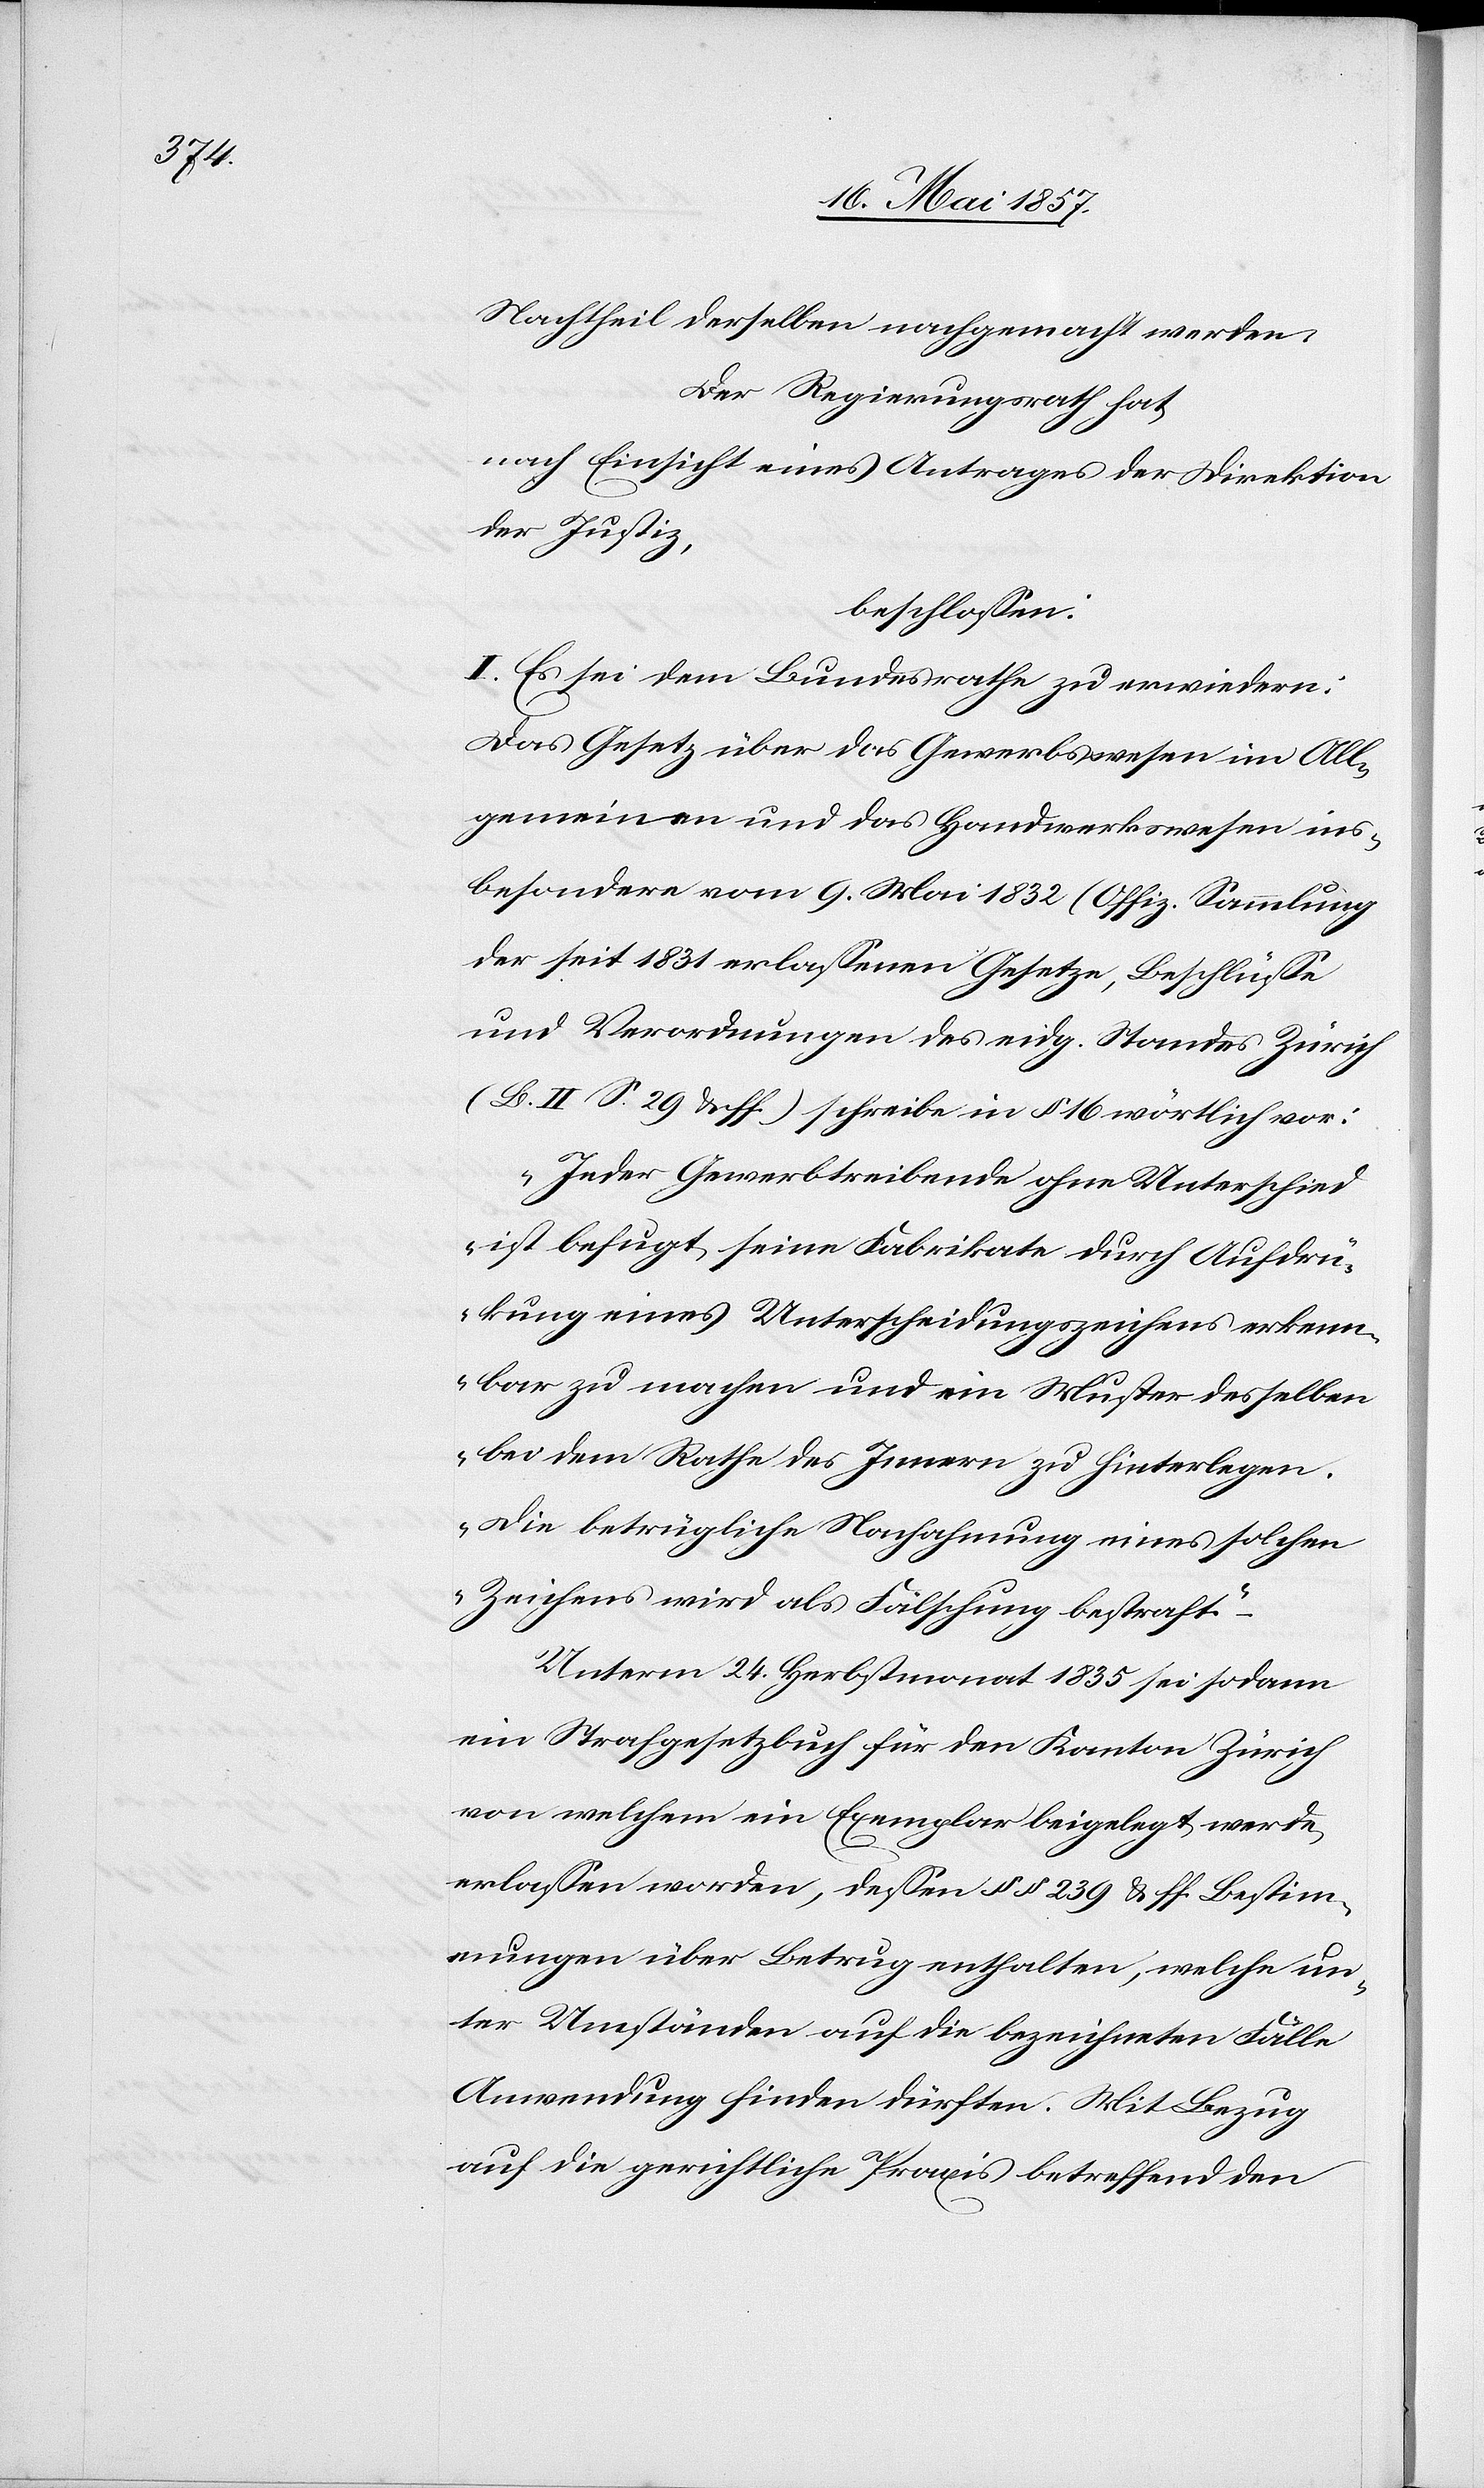
Nachtheil derselben nachgemacht werden.
Der Regierungsrath hat,
nach Einsicht eines Antrages der Direktion
der Justiz,
beschlossen:
I. Es sei dem Bundesrathe zu erwiedern:
Das Gesetz über das Gewerbswesen im All¬
gemeinen und das Handwerkswesen ins¬
besondere vom 9 Mai 1832 (Offiz. Sammlung
der seit 1831 erlassenen Gesetze, Beschlüsse
und Verordnungen des eidg. Standes Zürich)
(Bd. II S. 29 & ff.) schreibe in § 16 wörtlich vor:
„Jeder Gewerbstreibende ohne Unterschied
ist befugt seine Fabrikate durch Aufdrü¬
ckung eines Unterscheidungszeichens erkenn¬
bar zu machen und ein Muster desselben
bei dem Rathe des Innern zu hinterlegen.
Die betrügliche Nachahmung eines solchen
Zeichens wird als Fälschung bestraft.“
Unterm 24 Herbstmonat 1855 sei sodann
ein Strafgesetzbuch für den Kanton Zürich
von welchem ein Exemplar beigelegt werde,
erlassen worden, dessen §§ 239 & ff. Bestim¬
mungen über Betrug enthalten, welche un¬
ter Umständen auf die bezeichneten Fälle
Anwendung finden dürften. Mit Bezug
auf die gerichtliche Praxis betreffend den